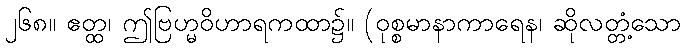
၂၆၈။ ဧတ္ထ၊ ဤဗြဟ္မဝိဟာရကထာ၌။ (ဝုစ္စမာနာကာရေန၊ ဆိုလတ္တံ့သော